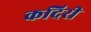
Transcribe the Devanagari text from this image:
कदिरी